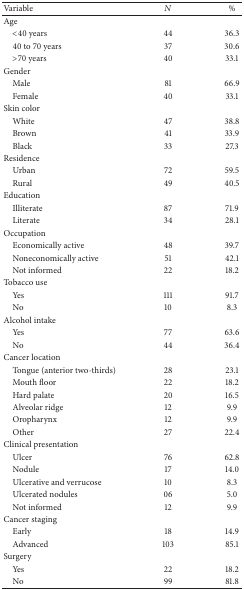
<table><thead><tr><td><b>Variable</b></td><td><b><i>N</i></b></td><td><b>%</b></td></tr></thead><tbody><tr><td>Age</td><td> </td><td> </td></tr><tr><td> &lt;40 years</td><td>44</td><td>36.3</td></tr><tr><td> 40 to 70 years</td><td>37</td><td>30.6</td></tr><tr><td> &gt;70 years</td><td>40</td><td>33.1</td></tr><tr><td>Gender</td><td> </td><td> </td></tr><tr><td> Male</td><td>81</td><td>66.9</td></tr><tr><td> Female</td><td>40</td><td>33.1</td></tr><tr><td>Skin color</td><td> </td><td> </td></tr><tr><td> White</td><td>47</td><td>38.8</td></tr><tr><td> Brown</td><td>41</td><td>33.9</td></tr><tr><td> Black</td><td>33</td><td>27.3</td></tr><tr><td>Residence</td><td> </td><td> </td></tr><tr><td> Urban</td><td>72</td><td>59.5</td></tr><tr><td> Rural</td><td>49</td><td>40.5</td></tr><tr><td>Education</td><td> </td><td> </td></tr><tr><td> Illiterate</td><td>87</td><td>71.9</td></tr><tr><td> Literate</td><td>34</td><td>28.1</td></tr><tr><td>Occupation</td><td> </td><td> </td></tr><tr><td> Economically active</td><td>48</td><td>39.7</td></tr><tr><td> Noneconomically active</td><td>51</td><td>42.1</td></tr><tr><td> Not informed</td><td>22</td><td>18.2</td></tr><tr><td>Tobacco use</td><td> </td><td> </td></tr><tr><td> Yes</td><td>111</td><td>91.7</td></tr><tr><td> No</td><td>10</td><td>8.3</td></tr><tr><td>Alcohol intake</td><td> </td><td> </td></tr><tr><td> Yes</td><td>77</td><td>63.6</td></tr><tr><td> No</td><td>44</td><td>36.4</td></tr><tr><td>Cancer location</td><td> </td><td> </td></tr><tr><td> Tongue (anterior two-thirds)</td><td>28</td><td>23.1</td></tr><tr><td> Mouth floor</td><td>22</td><td>18.2</td></tr><tr><td> Hard palate</td><td>20</td><td>16.5</td></tr><tr><td> Alveolar ridge</td><td>12</td><td>9.9</td></tr><tr><td> Oropharynx</td><td>12</td><td>9.9</td></tr><tr><td> Other</td><td>27</td><td>22.4</td></tr><tr><td>Clinical presentation</td><td> </td><td> </td></tr><tr><td> Ulcer</td><td>76</td><td>62.8</td></tr><tr><td> Nodule</td><td>17</td><td>14.0</td></tr><tr><td> Ulcerative and verrucose</td><td>10</td><td>8.3</td></tr><tr><td> Ulcerated nodules</td><td>06</td><td>5.0</td></tr><tr><td> Not informed</td><td>12</td><td>9.9</td></tr><tr><td>Cancer staging</td><td> </td><td> </td></tr><tr><td> Early</td><td>18</td><td>14.9</td></tr><tr><td> Advanced</td><td>103</td><td>85.1</td></tr><tr><td>Surgery</td><td> </td><td> </td></tr><tr><td> Yes</td><td>22</td><td>18.2</td></tr><tr><td> No</td><td>99</td><td>81.8</td></tr></tbody></table>